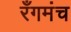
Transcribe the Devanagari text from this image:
रँगमंच